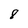
Character: 8